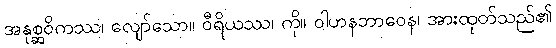
အနုစ္ဆဝိကဿ၊ လျော်သော။ ဝီရိယဿ၊ ကို။ ဝါဟနဘာဝေန၊ အားထုတ်သည်၏